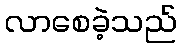
လာစေခဲ့သည်